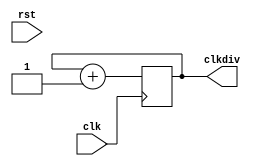
`timescale 1ns / 1ps
//////////////////////////////////////////////////////////////////////////////////
// Company: 
// Engineer: 
// 
// Design Name: 
// Module Name:    clkdiv 
// Project Name: 
// Target Devices: 
// Tool versions: 
// Description: 
//
// Dependencies: 
//
// Revision: 
// Revision 0.01 - File Created
// Additional Comments: 
//
//////////////////////////////////////////////////////////////////////////////////
module clkdiv(
		input clk,
		input rst,
		output reg[31:0] clkdiv
    );
    
    initial begin
        clkdiv <= 0;
    end
	
	always @ (posedge clk) begin
		// if(rst) clkdiv <= 0;
		// else clkdiv <= clkdiv + 1'b1;

		clkdiv <= clkdiv + 1'b1;
	end

endmodule